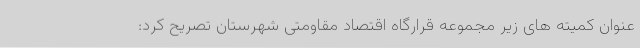
عنوان کمیته های زیر مجموعه قرارگاه اقتصاد مقاومتی شهرستان تصریح کرد: